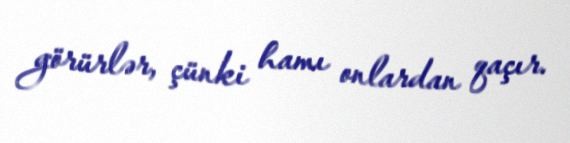
görürlər, çünki hamı onlardan qaçır.